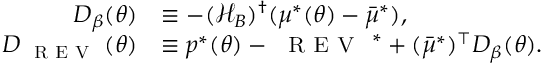
\begin{array} { r l } { D _ { \beta } ( \theta ) } & { \equiv - ( { \mathcal { H } } _ { B } ) ^ { \dagger } ( { \mu ^ { * } } ( \theta ) - { \bar { \mu } ^ { * } } ) , } \\ { D _ { \small \textsc { { R E V } } } ( \theta ) } & { \equiv p ^ { * } ( \theta ) - { \small \textsc { { R E V } } } ^ { * } + ( { \bar { \mu } ^ { * } } ) ^ { \top } D _ { \beta } ( \theta ) . } \end{array}